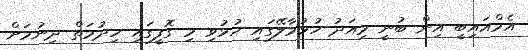
އެމްއައިބީ އިން ބުނީ މިއަދު ހުޅުމާލޭގައި ހުޅުވި މި ގޮފީގައި ހިދުމަތް ދިނުމަށް